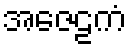
အဇေဠကံ